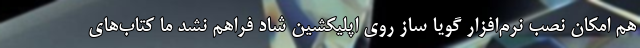
هم امکان نصب نرم‌افزار گویا ساز روی اپلیکشین شاد فراهم نشد ما کتاب‌های